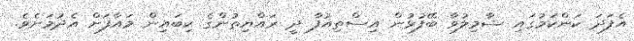
އެފަދަ ކަންކަމުގައި ޝާމިލުވާ ބޭފުޅުން އިސްތިއުފާ ދީ ރައްޔިތުންގެ ކިބައިން މައާފަށް އެދުމަށެވެ.